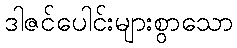
ဒါဇင်ပေါင်းများစွာသော